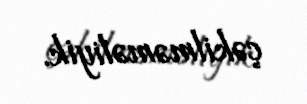
çəkilməməliyik.